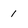
Character: 1